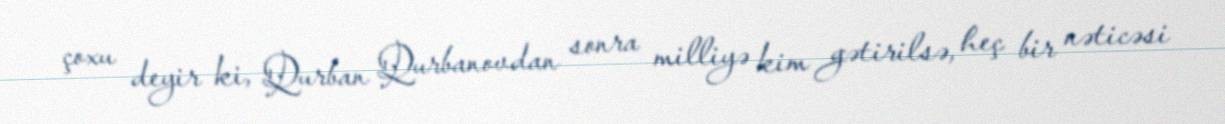
çoxu deyir ki, Qurban Qurbanovdan sonra milliyə kim gətirilsə, heç bir nəticəsi